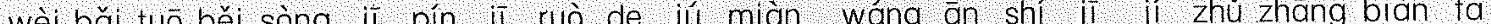
wèi bǎi tuō běi sòng jī pín jī ruò de jú miàn wáng ān shí jī jí zhǔ zhāng biàn fǎ